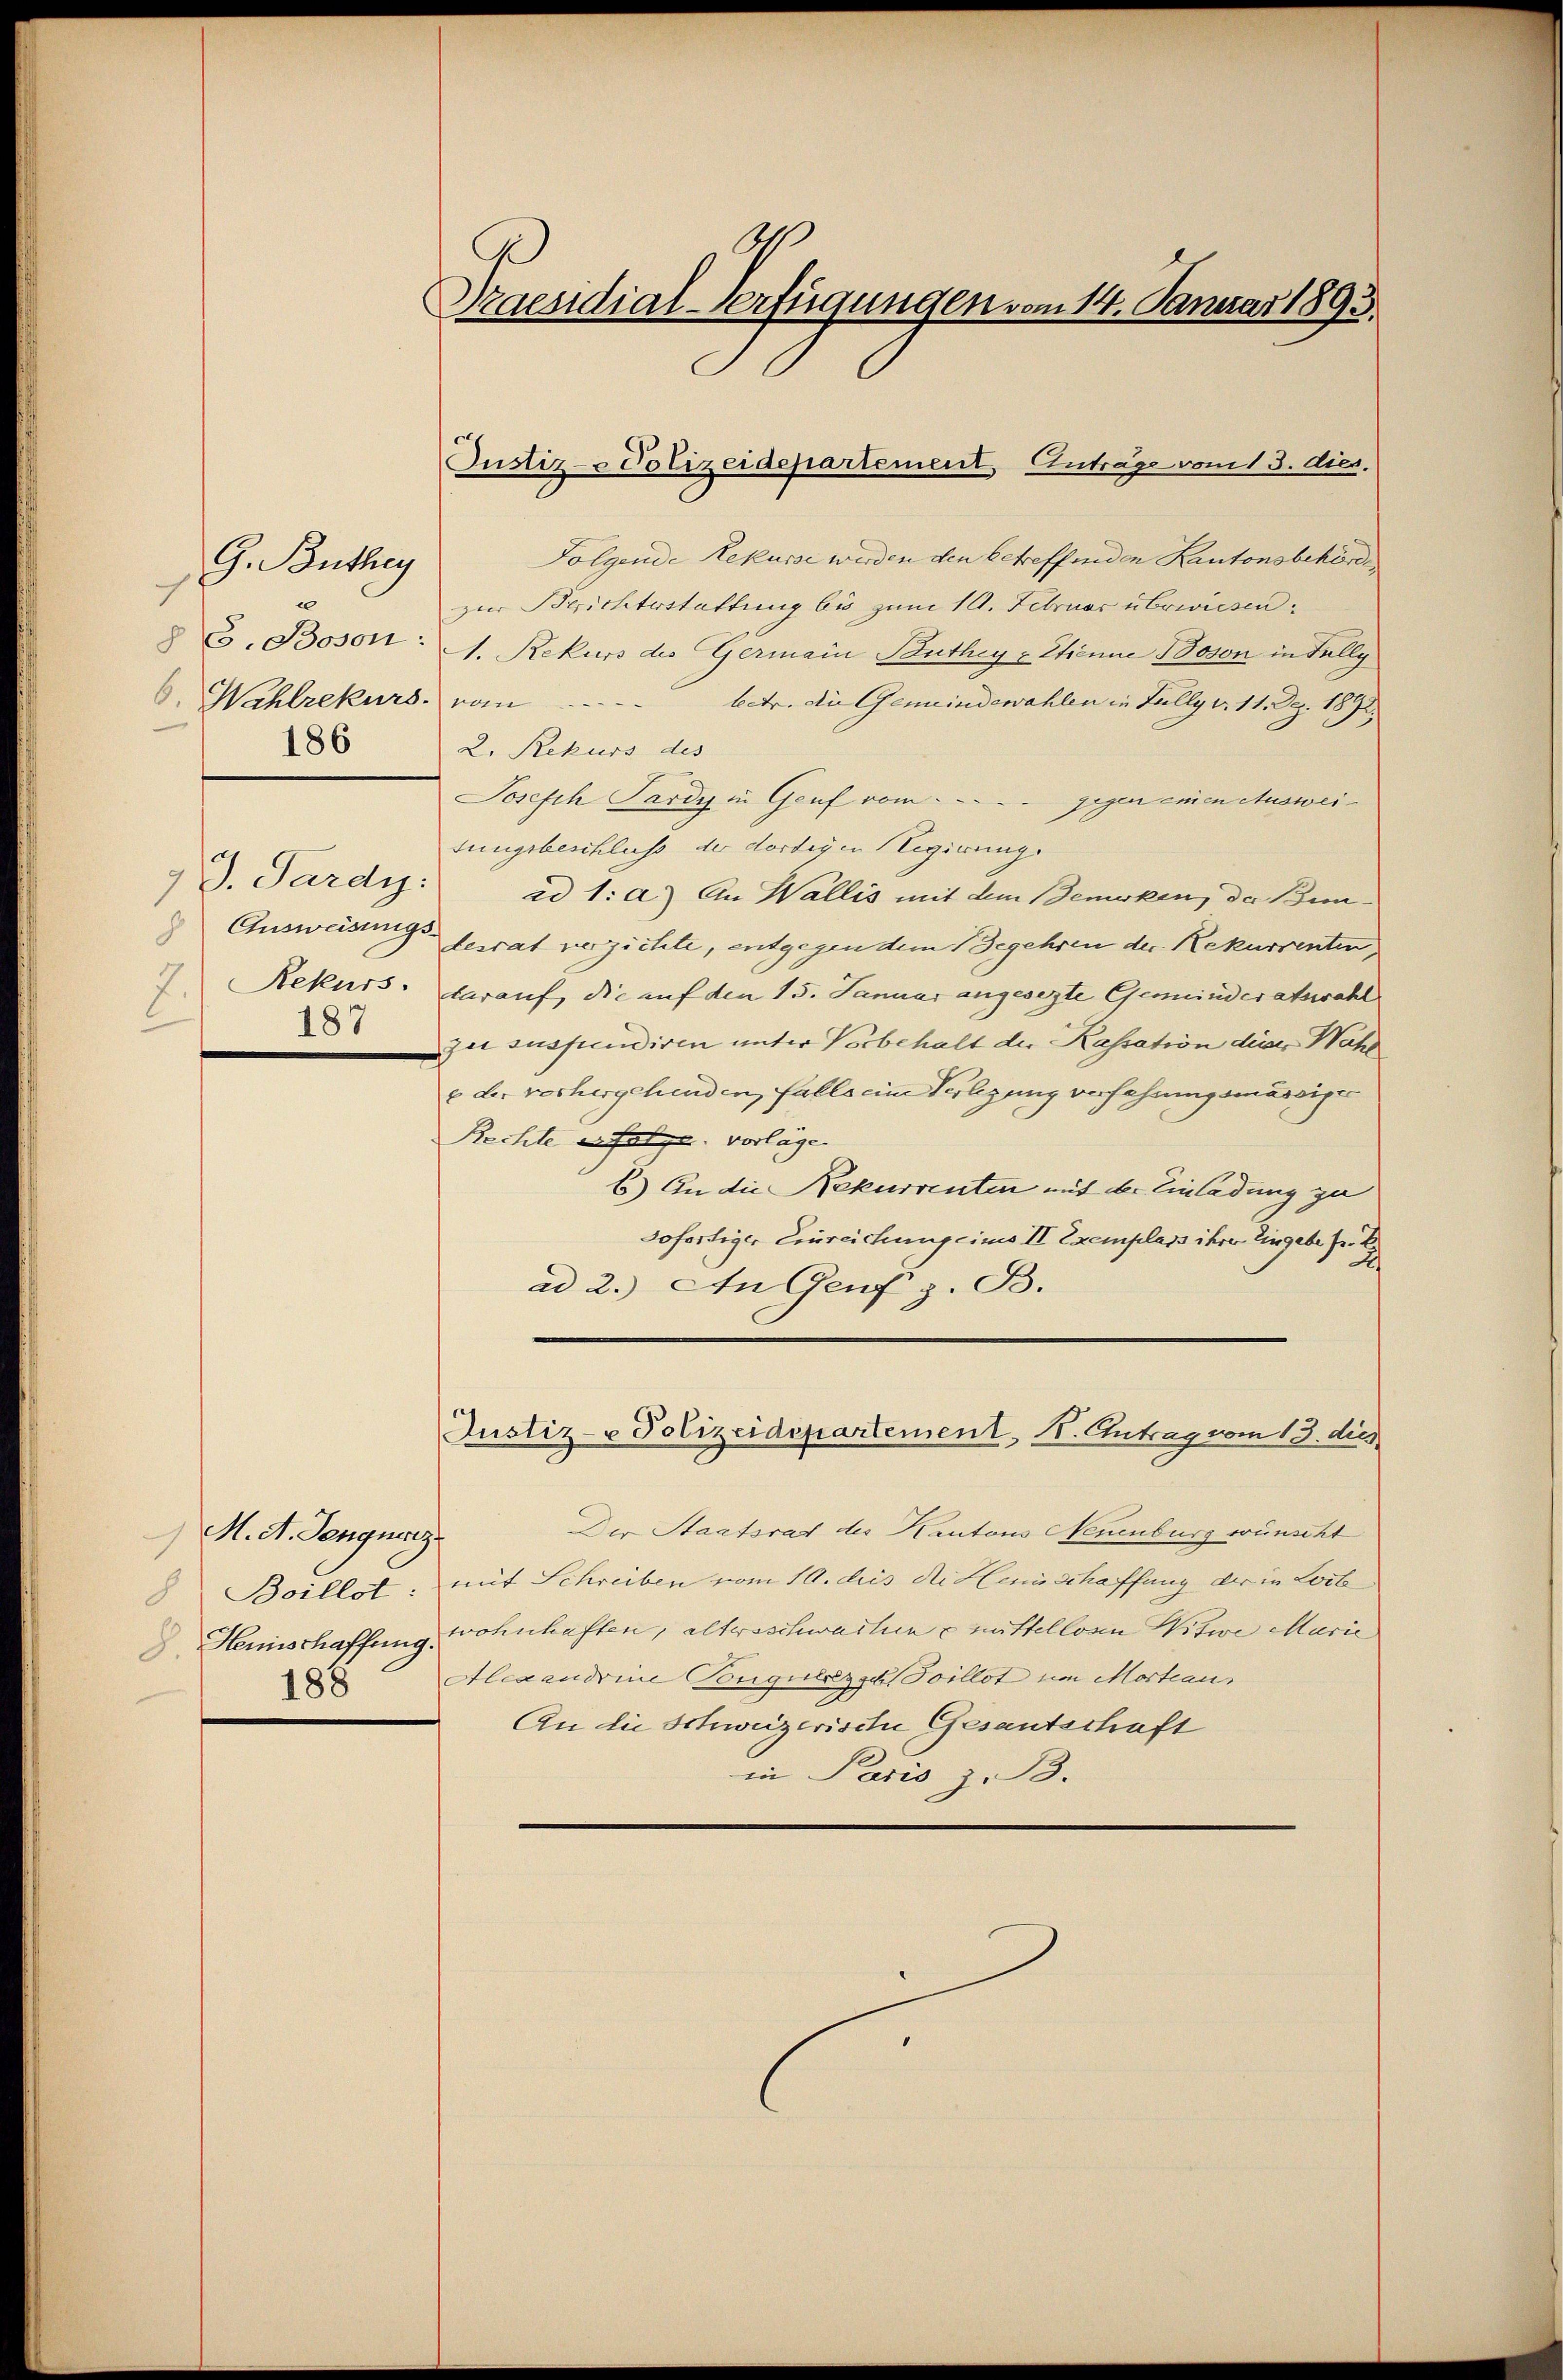
G. Büthey
7
§ G. Boson:
6. Wahlrekurs.
186

M. A. Gengnacz

7 J. Pardi.
 Ausweisungs-
7. Rekurs.
187

Praesidial-Verfügungen vom 14. Januar 1893.

Justiz- & Polizeidepartement, Anträge vom 13. dies.

Folgende Rekurse werden den betreffenden Kantonsbehörde
zur Berichtestattung bis zum 10. Februar überwiesen.
A. Rekurs des Germain Bauthey v. Etienne Boson in Fully
vom
betr. die Gemeindewahlen in Jully d. 11. Dez. 1892.
2. Rekurs des
Joseph Pardy in Genf vom gegen einen Ausweitungsbeschluss der dortigen Regierung
ad 1: a) An Wallis mit dem Bemerken, da Ben
lesrat verzichte, entgegen dem Begehren der Rekurrenten,
darauf, die auf den 15. Januar angesezte Gemeinderatswahl
zu suspendiren unter Vorbehalt der Kassation diese Wahl
e der vorhergehenden, falls eine Verlegung verfahrungsmässiger
Rechte u. Folge vorlagen |
b.) An die Rekurrenten mit der Einladung zu
sofortiger Einreichung eines II Exemplars ihrer Eingabe fr.
ad 2.) An Genf z. B.
Justiz- u Polizeidepartement, 1. Antrag vom 13. dies
Der Staatsrat des Kantons Neuenburg wünscht
8 Boillot, mit Schreiben vom 10. dies die Hemischaffung der in Loite
 Heinschaffung wohnhaften, altwoschwarten u mittellonen Witwe Marie
 Alexandrine Tonguerz zu Toillot um Mortiaus
An die Schweizerische Gesantschaft
in Paris z. B.